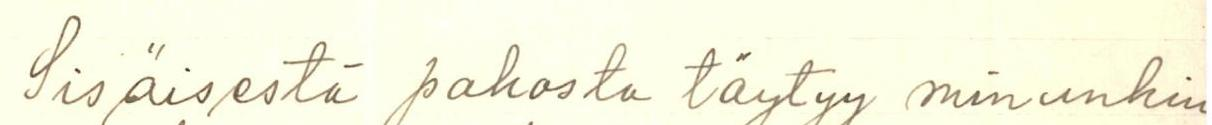
Sisäisestä pakosta täytyy minunkin